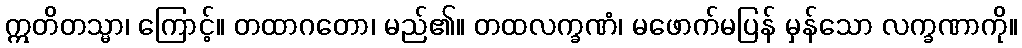
ဣတိတသ္မာ၊ ကြောင့်။ တထာဂတော၊ မည်၏။ တထလက္ခဏံ၊ မဖောက်မပြန် မှန်သော လက္ခဏာကို။